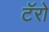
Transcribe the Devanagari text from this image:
टॅरो